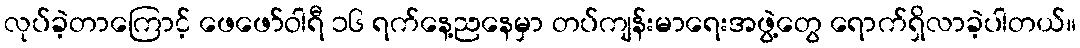
လုပ်ခဲ့တာကြောင့် ဖေဖော်ဝါရီ ၁၆ ရက်နေ့ညနေမှာ တပ်ကျန်းမာရေးအဖွဲ့တွေ ရောက်ရှိလာခဲ့ပါတယ်။